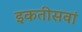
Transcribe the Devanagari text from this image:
इकतीसवां